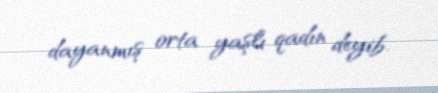
dayanmış orta yaşlı qadın deyib.